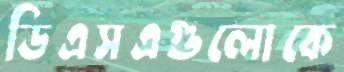
ডিএসএগুলোকে